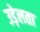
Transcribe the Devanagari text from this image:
उड़ेलता